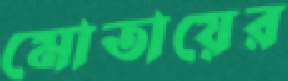
মোতায়ের